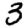
Digit: 3